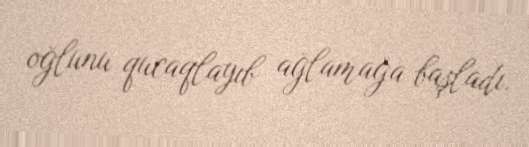
oğlunu qucaqlayıb ağlamağa başladı.